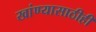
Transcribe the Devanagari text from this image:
खांण्यासाठीही